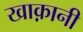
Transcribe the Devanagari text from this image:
खाक़ानी